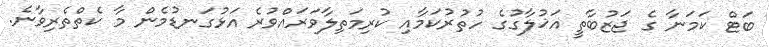
ބަޓް ކަމަނާ ގެ ޖަޒުބާތީ އަޚުލާގުގެ ހުތުރުކަމާއި ކުރިމަތިލާވަރައްވުރެ އަޅުގަނޑުމެން މާ ކެތްތެރިވާނެ.